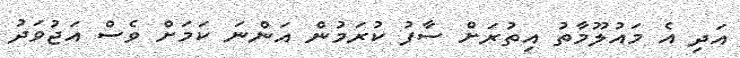
އަދި އެ މައުލޫމާތު އިތުރަށް ސާފު ކުރަމުން އަންނަ ކަމަށް ވެސް އަޖުވަދު